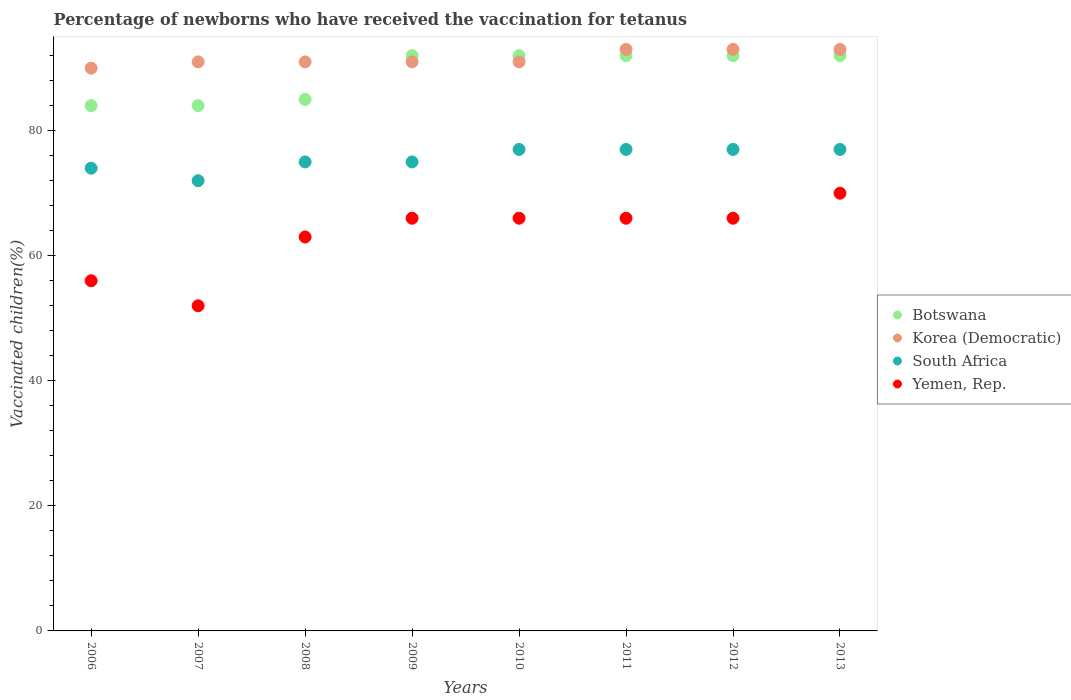
| Years | Botswana | Korea (Democratic) | South Africa | Yemen, Rep. |
 | --- | --- | --- | --- | --- |
 | 2006 | 84 | 90 | 74 | 56 |
 | 2007 | 84 | 91 | 72 | 52 |
 | 2008 | 85 | 91 | 75 | 63 |
 | 2009 | 92 | 91 | 75 | 66 |
 | 2010 | 92 | 91 | 77 | 66 |
 | 2011 | 92 | 93 | 77 | 66 |
 | 2012 | 92 | 93 | 77 | 66 |
 | 2013 | 92 | 93 | 77 | 70 |